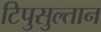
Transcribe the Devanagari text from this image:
टिपुसुल्तान